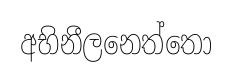
අභිනීලනෙත්තො